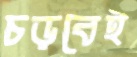
চড়বেই